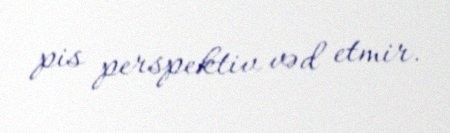
pis perspektiv vəd etmir.